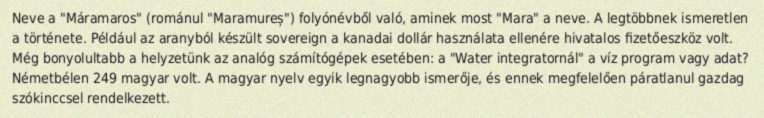
Neve a "Máramaros" (románul "Maramureș") folyónévből való, aminek most "Mara" a neve. A legtöbbnek ismeretlen a története. Például az aranyból készült sovereign a kanadai dollár használata ellenére hivatalos fizetőeszköz volt. Még bonyolultabb a helyzetünk az analóg számítógépek esetében: a "Water integratornál" a víz program vagy adat? Németbélen 249 magyar volt. A magyar nyelv egyik legnagyobb ismerője, és ennek megfelelően páratlanul gazdag szókinccsel rendelkezett.